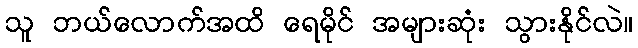
သူ ဘယ်လောက်အထိ ရေမိုင် အများဆုံး သွားနိုင်လဲ။